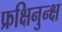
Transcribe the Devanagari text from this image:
फ्रक्षिनुन्क्ष